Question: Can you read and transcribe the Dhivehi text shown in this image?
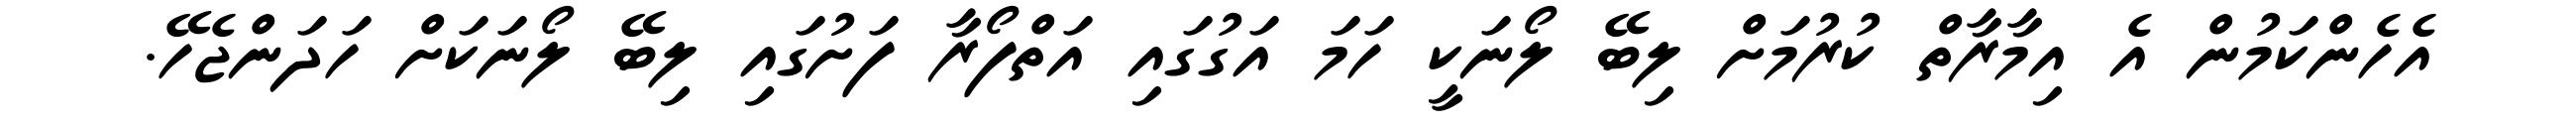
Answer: އެހެންކަމުން އެ އިމާރާތް ކުރުމަށް ލިބޭ ލޯނަކީ ހަމަ އަގުގައި އަތްފޯރާ ފަށުގައި ލިބޭ ލޯނަކަށް ހަދަންޖެހޭ.